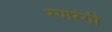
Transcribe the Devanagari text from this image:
रणरंगी